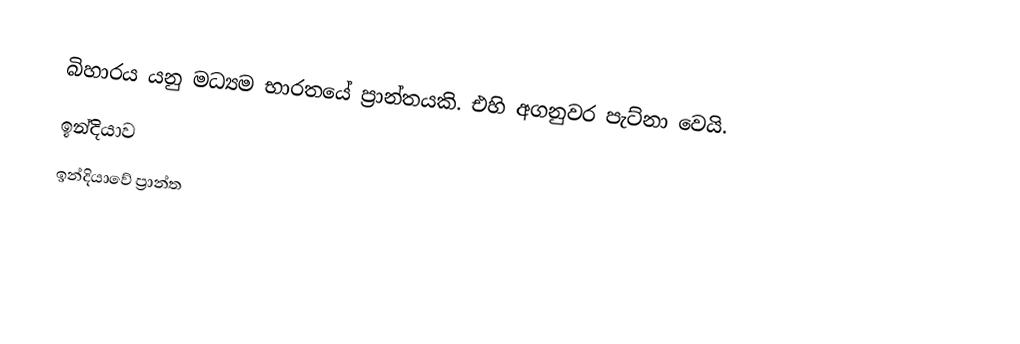
බිහාරය යනු මධ්‍යම භාරතයේ ප්‍රාන්තයකි. එහි අගනුවර පැට්නා වෙයි.
ඉන්දියාව
ඉන්දියාවේ ප්‍රාන්ත